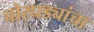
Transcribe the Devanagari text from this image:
चोरघड्यांचा